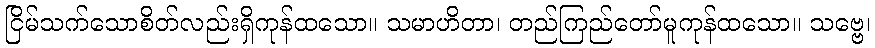
ငြိမ်သက်သောစိတ်လည်းရှိကုန်ထသော။ သမာဟိတာ၊ တည်ကြည်တော်မူကုန်ထသော။ သဗ္ဗေ၊